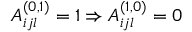
A _ { i j l } ^ { ( 0 , 1 ) } = 1 \Rightarrow A _ { i j l } ^ { ( 1 , 0 ) } = 0